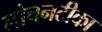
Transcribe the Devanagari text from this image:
लोचनटीका